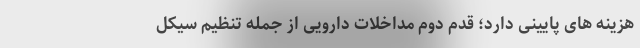
هزینه های پایینی دارد؛ قدم دوم مداخلات دارویی از جمله تنظیم سیکل